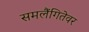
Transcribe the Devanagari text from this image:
समलैंगितेवर